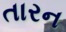
તારન